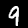
Digit: 9